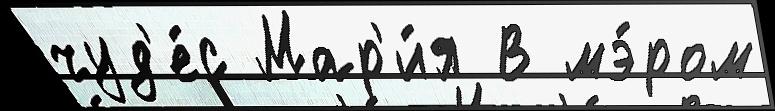
чуд'е́с Мар'и́я В мэ́ром